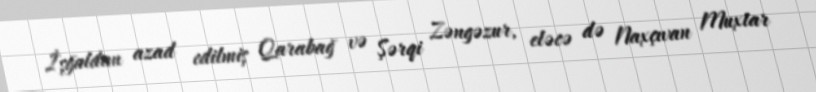
İşğaldan azad edilmiş Qarabağ və Şərqi Zəngəzur, eləcə də Naxçıvan Muxtar